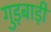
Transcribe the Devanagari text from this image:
गुड़बाड़ी